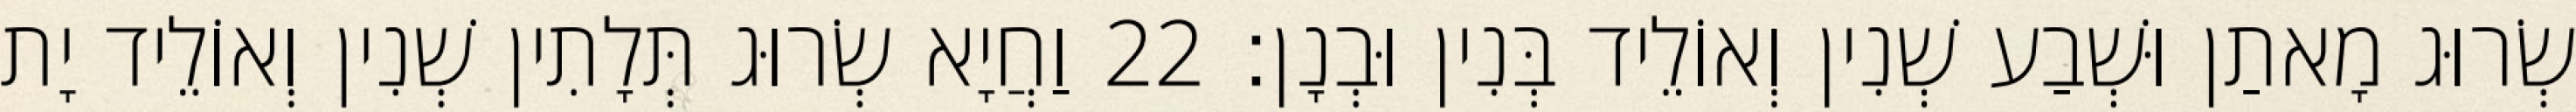
שְׂרוּג מָאתַן וּשְׁבַע שְׁנִין וְאוֹלֵיד בְּנִין וּבְנָן׃ 22 וַחֲיָא שְׂרוּג תְּלָתִין שְׁנִין וְאוֹלֵיד יָת